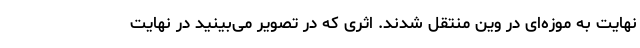
نهایت به موزه‌ای در وین منتقل شدند. اثری که در تصویر می‌بینید در نهایت